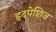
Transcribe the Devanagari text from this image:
हृदपेशिज